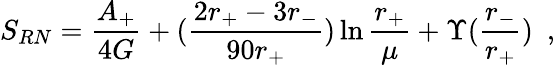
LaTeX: S_{RN}={\frac{A_{+}}{4G}}+({\frac{2r_{+}-3r_{-}}{90r_{+}}})\ln{\frac{r_{+}}{\mu}}+\Upsilon({\frac{r_{-}}{r_{+}}})~~,